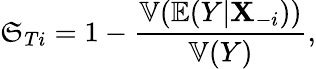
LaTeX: \mathfrak{S}_{Ti}=1-\frac{{\mathbb{{V}}(\mathbb{{E}}(Y|\mathbf{{X}}_{-i}))}}{{\mathbb{{V}}(Y)}},